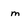
Character: m